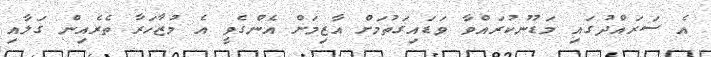
އެ ސަރައްދުގައި މަޑުނުކުރައްވާ ވަޑައިގަތުމަށް އާޒިމަށް އެންގެވީ އެ މުޒާހަރާ ތެރެއިން ގަލާއި